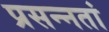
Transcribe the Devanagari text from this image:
प्रसन्नतां